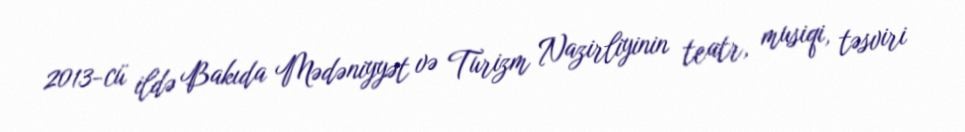
2013-cü ildə Bakıda Mədəniyyət və Turizm Nazirliyinin teatr, musiqi, təsviri